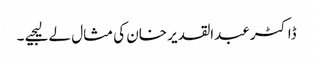
ڈاکٹر عبدالقدیر خان کی مثال لے لیجیے ۔